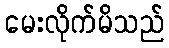
မေးလိုက်မိသည်